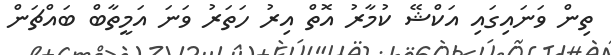
ތިން ވަނައިގައި އަކްޝޭ ކުމާރު އޮތް އިރު ހަތަރު ވަނަ އަމީތާބް ބައްްޗަން